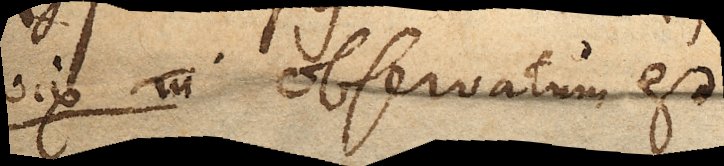
vix in observatum est.